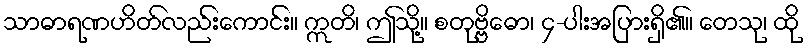
သာဓာရဏဟိတ်လည်းကောင်း။ ဣတိ၊ ဤသို့။ စတုဗ္ဗိဓော၊ ၄-ပါးအပြားရှိ၏။ တေသု၊ ထို